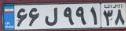
۶۶ل۹۹۱۳۸